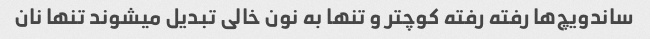
ساندویچ‌ها رفته رفته کوچتر و تنها به نون خالی تبدیل میشوند تنها نان